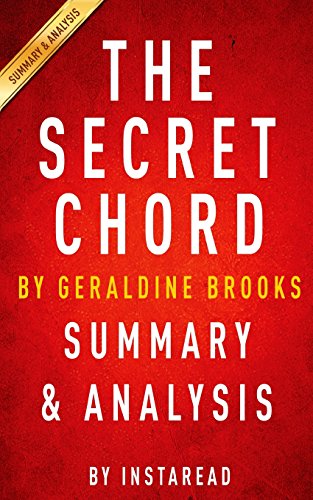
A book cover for The Secret Chord: A Novel by Geraldine Brooks | Summary & Analysis; Instaread; Literature & Fiction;